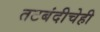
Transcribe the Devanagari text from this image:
तटबंदीचेही